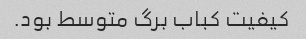
کیفیت کباب برگ متوسط بود.